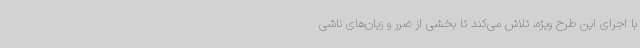
با اجرای این طرح ویژه، تلاش می‌کند تا بخشی از ضرر و زیان‌های ناشی